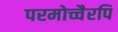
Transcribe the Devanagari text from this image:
परमोच्चैरपि